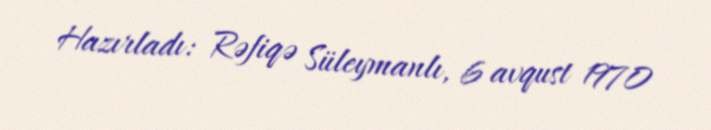
Hazırladı: Rəfiqə Süleymanlı, 6 avqust 1970